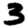
Digit: 3